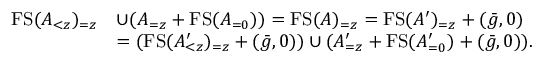
\begin{array} { r l } { \ensuremath { \operatorname { F S } } ( A _ { < z } ) _ { = z } } & { \cup ( A _ { = z } + \ensuremath { \operatorname { F S } } ( A _ { = 0 } ) ) = \ensuremath { \operatorname { F S } } ( A ) _ { = z } = \ensuremath { \operatorname { F S } } ( A ^ { \prime } ) _ { = z } + ( \bar { g } , 0 ) } \\ & { = ( \ensuremath { \operatorname { F S } } ( A _ { < z } ^ { \prime } ) _ { = z } + ( \bar { g } , 0 ) ) \cup ( A _ { = z } ^ { \prime } + \ensuremath { \operatorname { F S } } ( A _ { = 0 } ^ { \prime } ) + ( \bar { g } , 0 ) ) . } \end{array}